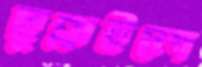
ছুব্‌লাইলে